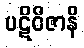
ပဋိဝိဇာနိ